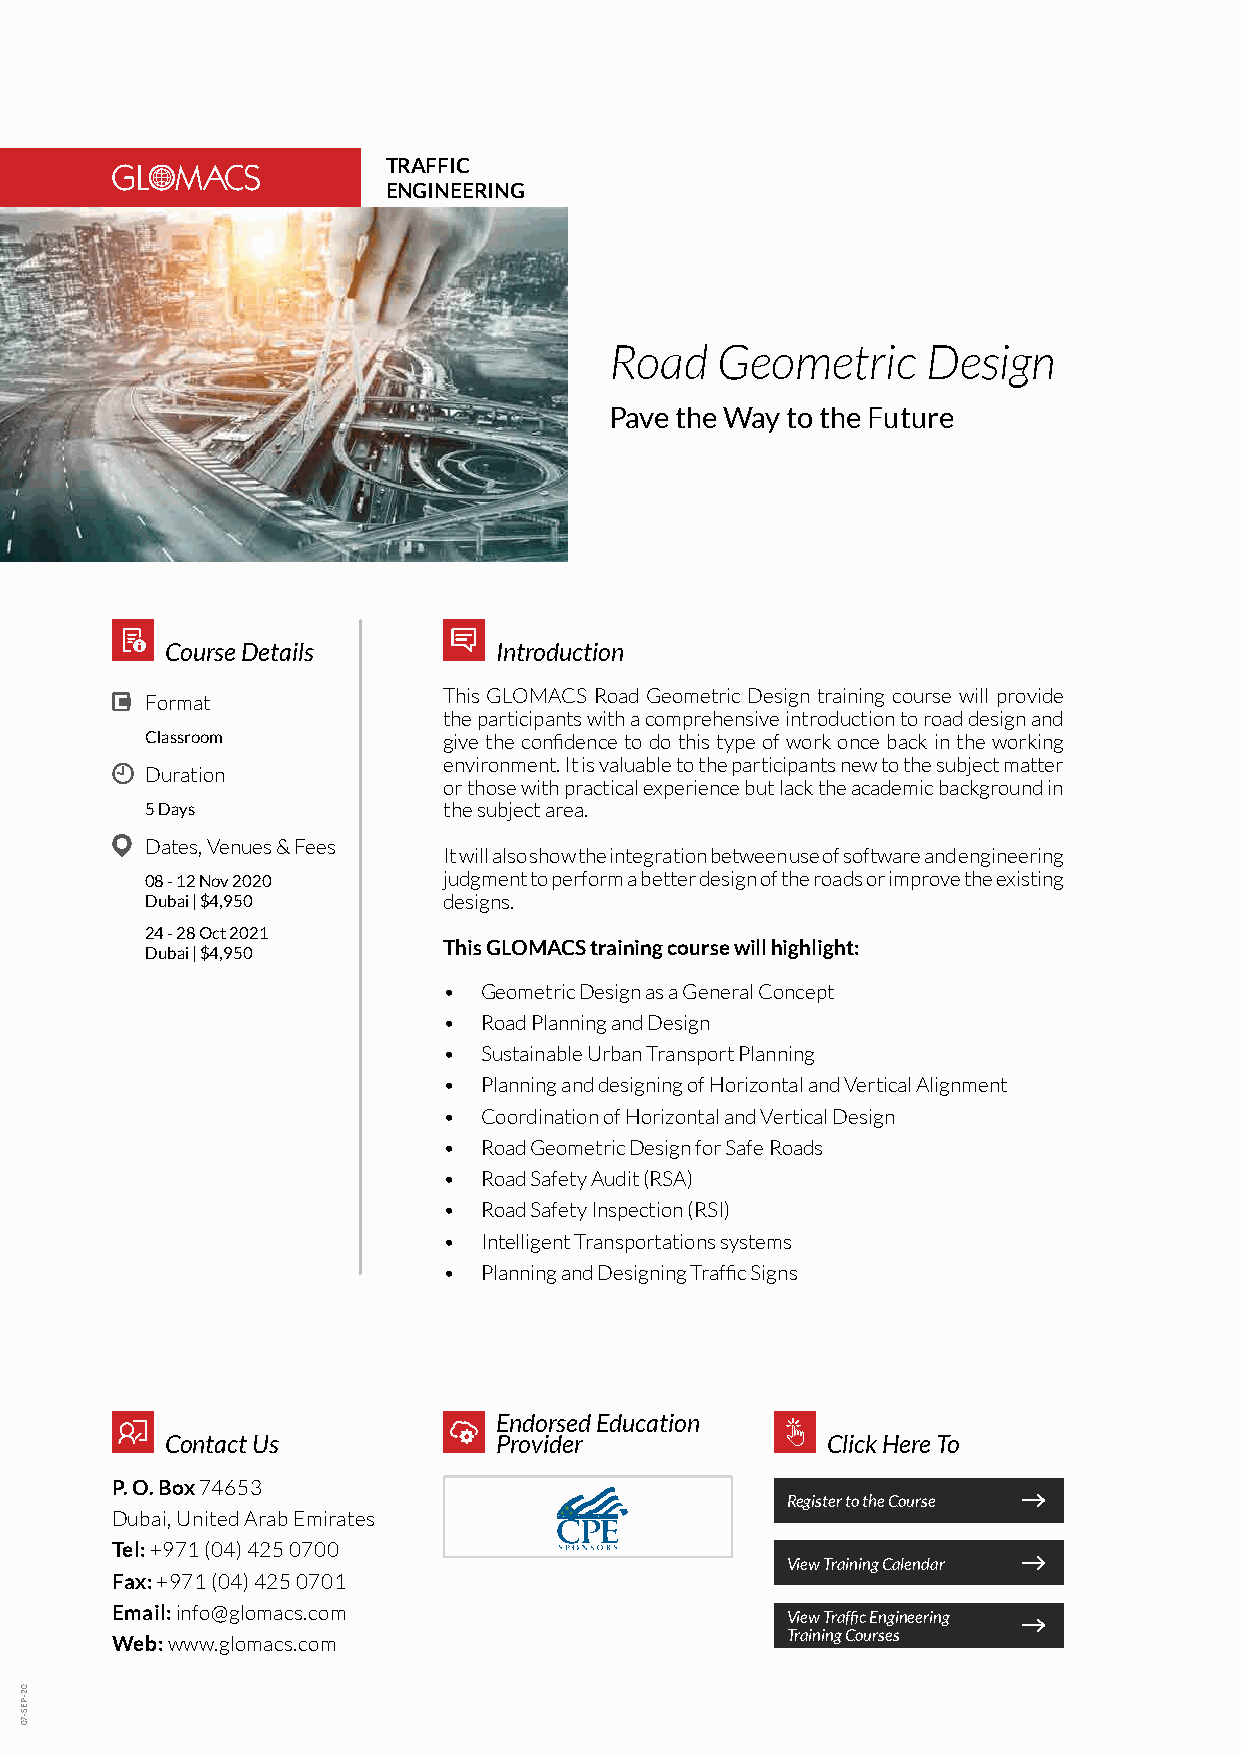
TRAFFIC
 ENGINEERING
 Road   Geometric     Design
 Pave the Way to the Future
 Course Details        Introduction
 This GLOMACS Road Geometric Design training course will provide
 Format
 the participants with a comprehensive introduction to road design and
 Classroom          give the confidence to do this type of work once back in the working
 environment. It is valuable to the participants new to the subject matter
 Duration
 or those with practical experience but lack the academic background in
 5 Days             the subject area.
 Dates, Venues & Fees
 It will also show the integration between use of software and engineering
 08 - 12 Nov 2020   judgment to perform a better design of the roads or improve the existing
 Dubai | $4,950     designs.
 24 - 28 Oct 2021
 This GLOMACS training course will highlight:
 Dubai | $4,950
 •  Geometric Design as a General Concept
 •  Road Planning and Design
 •  Sustainable Urban Transport Planning
 •  Planning and designing of Horizontal and Vertical Alignment
 •  Coordination of Horizontal and Vertical Design
 •  Road Geometric Design for Safe Roads
 •  Road Safety Audit (RSA)
 •  Road Safety Inspection (RSI)
 •  Intelligent Transportations systems
 •  Planning and Designing Traffic Signs
 Endorsed Education
 Contact Us            Provider              Click Here To
 P. O. Box 74653
 Register to the Course
 Dubai, United Arab Emirates
 Tel: +971 (04) 425 0700
 View Training Calendar
 Fax: +971 (04) 425 0701
 Email: info@glomacs.com
 View Traffic Engineering
 Web: www.glomacs.com                         Training Courses
 02-PES-70